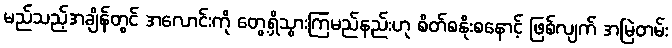
မည်သည့်အချိန်တွင် အလောင်းကို တွေ့ရှိသွားကြမည်နည်းဟု စိတ်စနိုးစနောင့် ဖြစ်လျက် အမြဲတမ်း